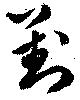
対